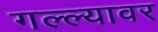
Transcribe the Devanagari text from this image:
गल्ल्यावर